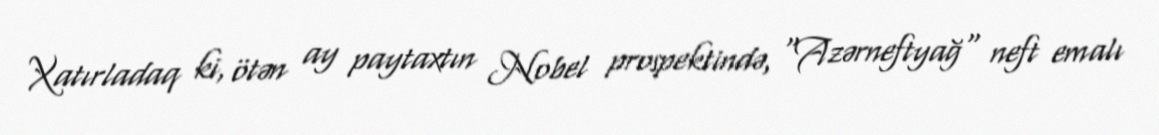
Xatırladaq ki, ötən ay paytaxtın Nobel prospektində, "Azərneftyağ" neft emalı